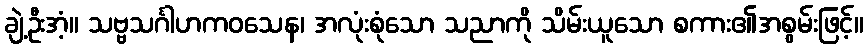
ချဲ့ဦးအံ့။ သဗ္ဗသင်္ဂါဟကဝသေန၊ အလုံးစုံသော သညာကို သိမ်းယူသော စကား၏အစွမ်းဖြင့်။